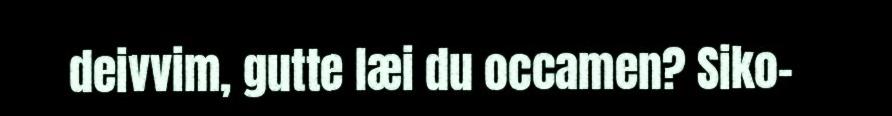
deivvim, gutte læi du occamen? Siko-